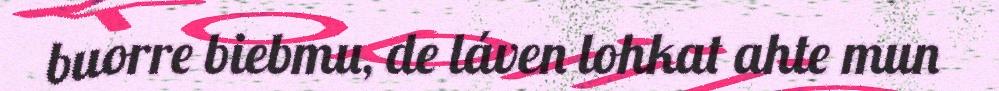
buorre biebmu, de láven lohkat ahte mun